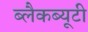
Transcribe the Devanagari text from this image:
ब्लैकब्यूटी